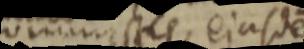
vimstle cjasde